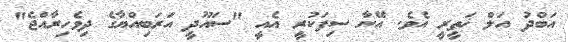
އަބްދު އަލް ޚަތީރީ އެވެ. އޭނާ ސިފަކުރީ އެއީ "ސައޫދީ އަރަބިއްޔާގެ ދިވެހިރާއްޖެ"